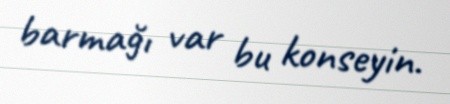
barmağı var bu konseyin.